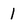
Character: 1